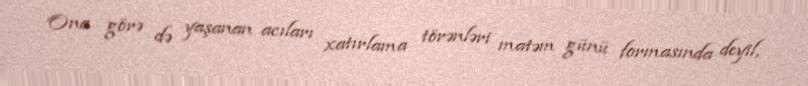
Ona görə də yaşanan acıları xatırlama törənləri matəm günü formasında deyil,